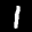
Label: 1